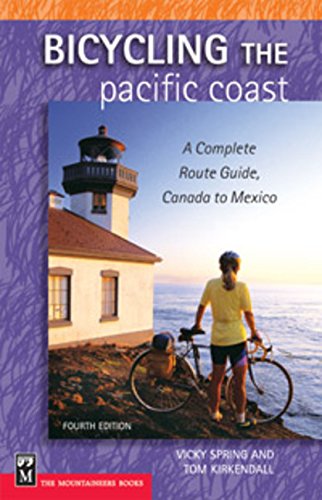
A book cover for Bicycling The Pacific Coast; Vicky Spring; Sports & Outdoors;